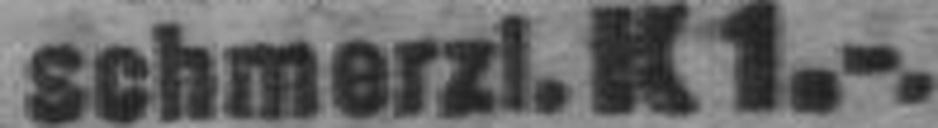
schmerzl. K 1.-.